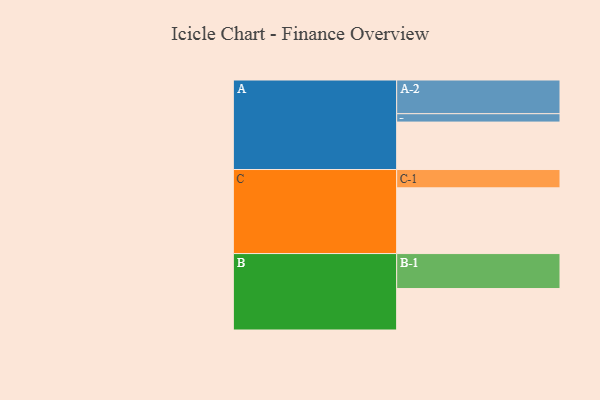
{"axis": {"x": "Segment", "y": "Value"}, "legend": ["", "A", "B", "C"], "data": [{"x": "A", "y": 373, "type": ""}, {"x": "B", "y": 326, "type": ""}, {"x": "C", "y": 517, "type": ""}, {"x": "A-1", "y": 66, "type": "A"}, {"x": "A-2", "y": 265, "type": "A"}, {"x": "B-1", "y": 275, "type": "B"}, {"x": "C-1", "y": 144, "type": "C"}]}